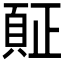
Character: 𲊪